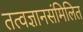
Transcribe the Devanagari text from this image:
तत्वज्ञानसंमिलित